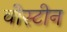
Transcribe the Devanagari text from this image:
वीस्टीन